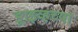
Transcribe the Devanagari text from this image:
ड्राइव्हच्या